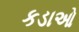
કડાઓ